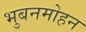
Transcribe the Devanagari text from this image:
भुबनमोहन